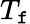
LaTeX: T_{\mathtt{f}}